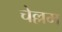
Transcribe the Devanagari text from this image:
चेल्लम